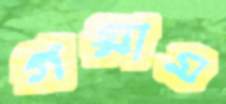
গয়াম